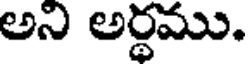
అని అర్థము.